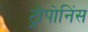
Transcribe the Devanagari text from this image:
ट्रोपोनिंस